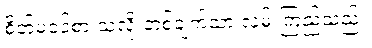
စိတ်မဝင်စားသလို တစ်ချက်သာ လှမ်းကြည့်သည်။